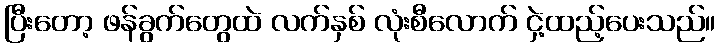
ပြီးတော့ ဖန်ခွက်တွေထဲ လက်နှစ် လုံးစီလောက် ငှဲ့ထည့်ပေးသည်။